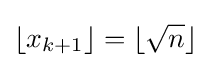
\lfloor x_{k+1}\rfloor =\lfloor {\sqrt {n}}\rfloor